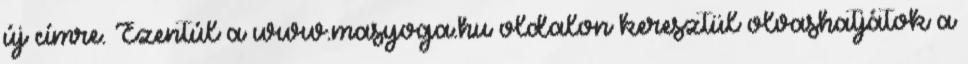
új címre. Ezentúl a www.masyoga.hu oldalon keresztül olvashatjátok a